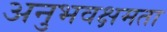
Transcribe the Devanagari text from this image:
अनुभवक्षमता